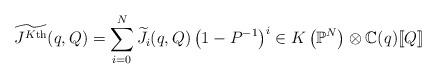
LaTeX: \begin{align*} \widetilde{J^{K\textnormal{th}}}(q,Q) = \sum_{i=0}^N \widetilde{J_i}(q,Q) \left(1-P^{-1} \right)^i \in K \left( \mathbb{P}^N \right) \otimes \mathbb{C}(q) [\![Q]\!] \end{align*}